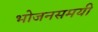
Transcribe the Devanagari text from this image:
भोजनसमयी